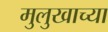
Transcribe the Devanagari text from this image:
मुलुखाच्या